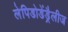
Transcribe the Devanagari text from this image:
लेपिडोडेंड्रैलीज